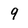
Character: 9